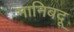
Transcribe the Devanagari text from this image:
मानिबदू